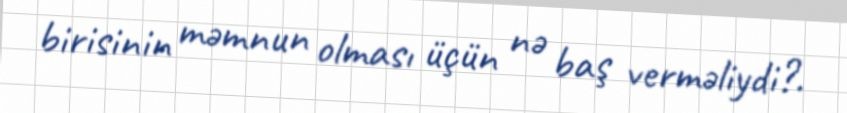
birisinin məmnun olması üçün nə baş verməliydi?.